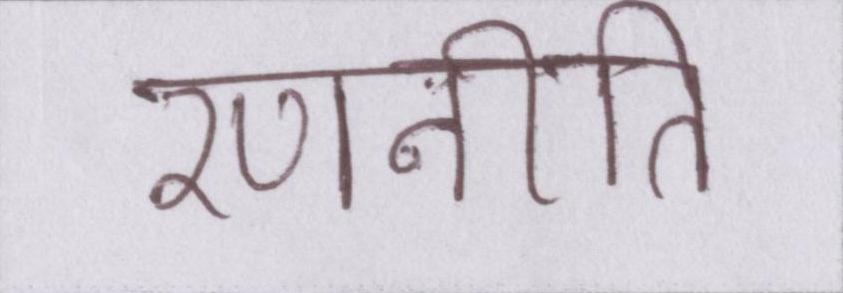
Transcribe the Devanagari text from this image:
रणनीति